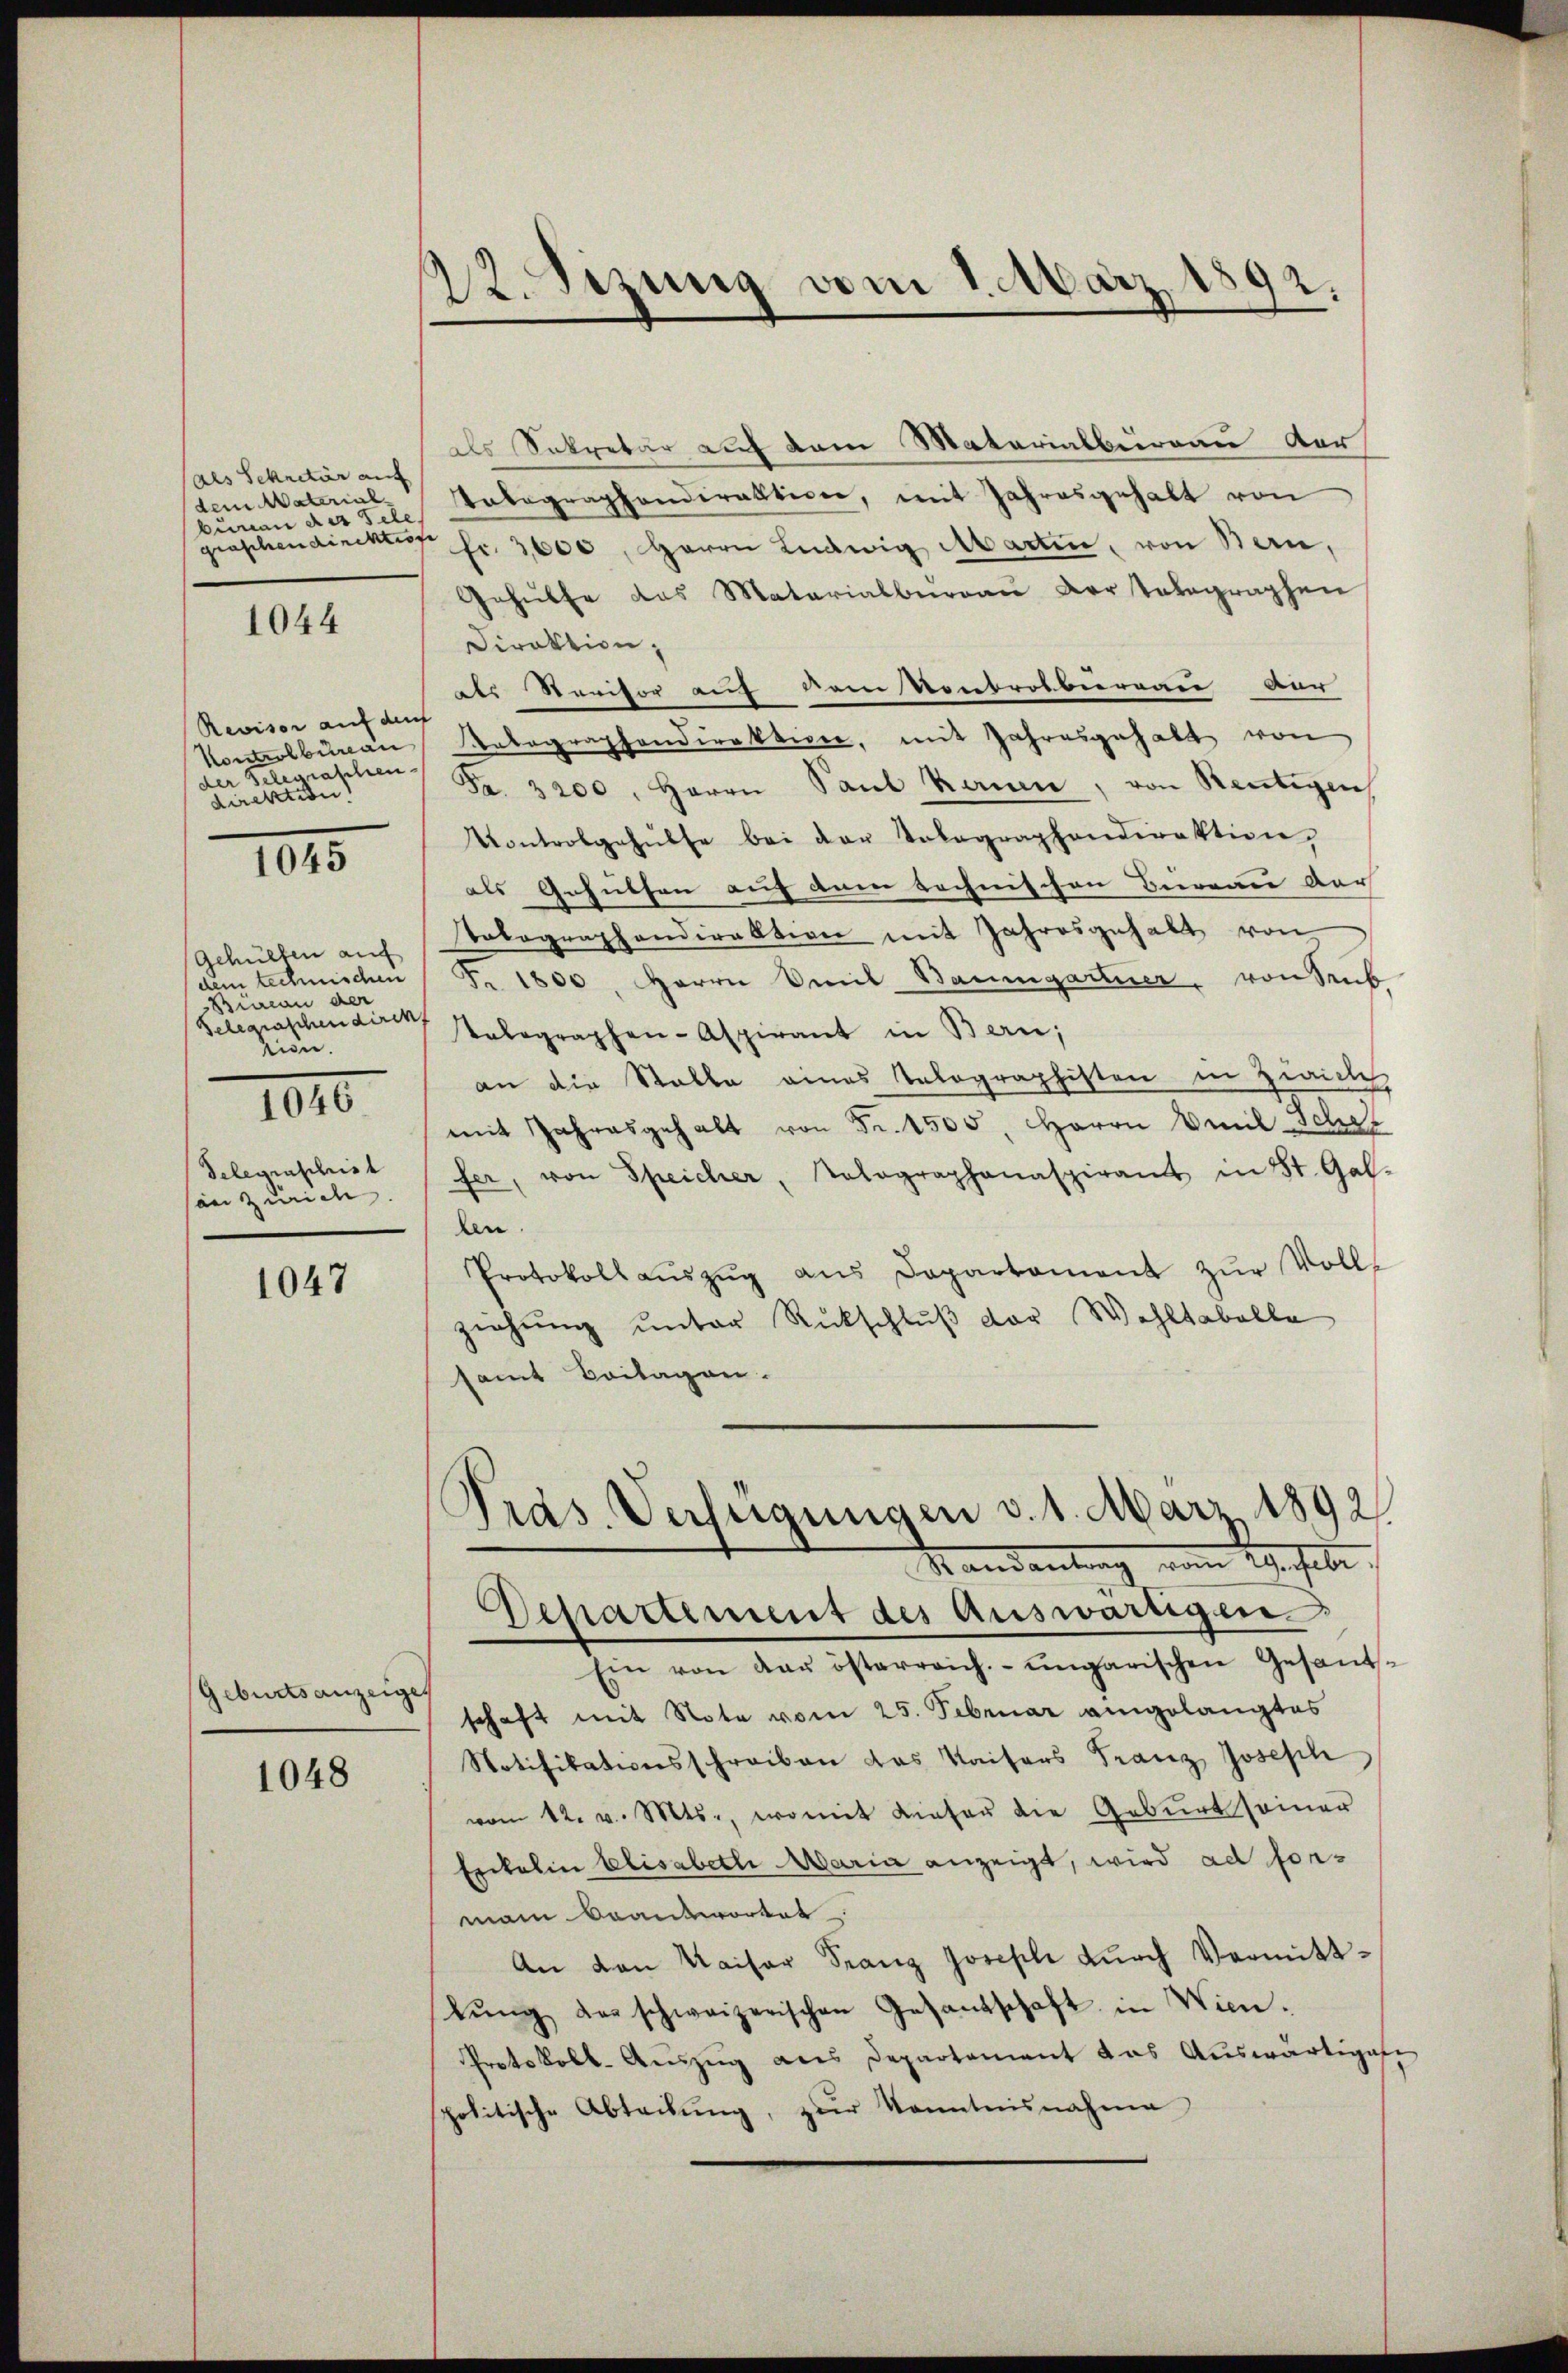
als Sekretär auf
dem Material
benen des Tele
giaschen direktion

1044

Revisor auf der
Kontrolbureau
der Gelegraschen
direktion

1045

Gehülten auf
dem technischen
Braran der
Gelegraschen direk
tion.
1040
Selegenschrist
son Zürich.

1047

Geburtsanzeige

1048

22. Sizung vom 1. März 1892.

als Sekretär auf dem Materialbernau vor
Volographendirektion, mit Jahresgehalt von
fr. 3000, Herrn Ludwig Martin, von Bern,
Gehülfe das Matarialbergau der totagraphen
Direktion,
der Revisor auf dem Kontrolbureau Aur
Ratographondirektiver, mit Jahresgehalt von
Fr. 3200. Herrn Saul kann, von Reutigen
Kontrolgehülfe bei der Telegraphendirektion,
als Gehülfen auf dem technischen Bureau der
Nolographendirektion mit Jahresgehalt von
Fr. 1800. Herrn Amit Baumgartner, von Seeb
telegraphen-Aspirant in Bern;
an die Stalle eines Telographisten in Zwick
mit Jahresgehalt von Fr. 1505. Herrn Amil-Schaf
fer, von Speicher, Tolographanaspiramt in St. Gal-
ben.
Protokoll aŭszŭg aŭs Departament zŭr Voll-
ziehŭng ŭnter Rückschlŭβ der Wohltabelle
samt Beilagen.
Präs. Verfügungen v. 1. März 1892
Kandantung vom Aufhebe.
Departement des Auswärtigen.
Ein von der österreich-ungarischen Gesandschaft mit Note vom 25. Februar eingelangtes
Notifikationsschreiben das Kaisers Franz Joseph
vom 12. v. Mts., womit Liefer die Geburt seiner
Esckalen Elisabeth Maria anzeigt, wird ad forman beantwortet
An den Kaiser Franz Joseph durch Vermittlŭng der schweizerischen Gesandschaft in Wien.
Protokoll-Auszug aus Departement das Auswärtigese
politische Abteilŭng, zŭr Kenntnisnahme